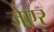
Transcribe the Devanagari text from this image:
जेएर